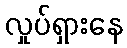
လှုပ်ရှားနေ